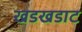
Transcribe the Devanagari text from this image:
खडखडाट